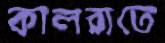
কালরাতে